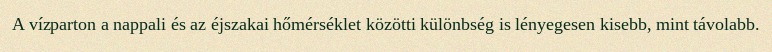
A vízparton a nappali és az éjszakai hőmérséklet közötti különbség is lényegesen kisebb, mint távolabb.